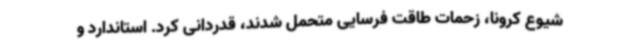
شیوع کرونا، زحمات طاقت فرسایی متحمل شدند، قدردانی کرد. استاندارد و